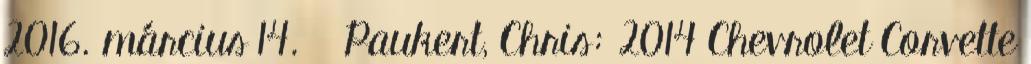
2016. március 14. ↑ Paukert, Chris: 2014 Chevrolet Corvette